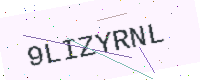
Text: 9LIZYRNL